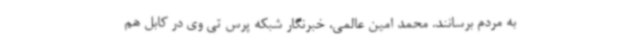
به مردم برسانند. محمد امین عالمی، خبرنگار شبکه پرس تی وی در کابل هم